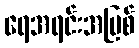
ရေအရင်းအမြစ်